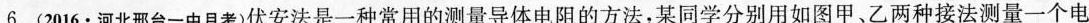
6.(2016·河北邢台一中月考)伏安法是一种常用的测量导体电阻的方法，某同学分别用如图甲、乙两种接法测量一个电